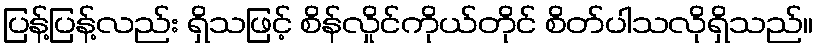
ပြန့်ပြန့်လည်း ရှိသဖြင့် စိန်လှိုင်ကိုယ်တိုင် စိတ်ပါသလိုရှိသည်။